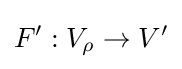
F':V_{\rho }\to V'